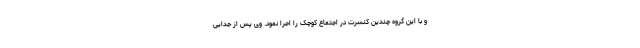
و با این گروه چندین کنسرت در اجتماع کوچک را اجرا نمود. وی پس از جدایی